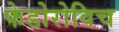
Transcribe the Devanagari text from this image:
फेडोरोविच